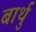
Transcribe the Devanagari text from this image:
बार्थु